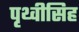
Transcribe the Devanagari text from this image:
पृथ्वीसिह